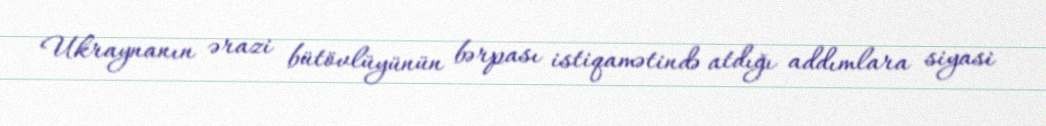
Ukraynanın ərazi bütövlüyünün bərpası istiqamətində atdığı addımlara siyasi